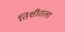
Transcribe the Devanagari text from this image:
तिशीतला